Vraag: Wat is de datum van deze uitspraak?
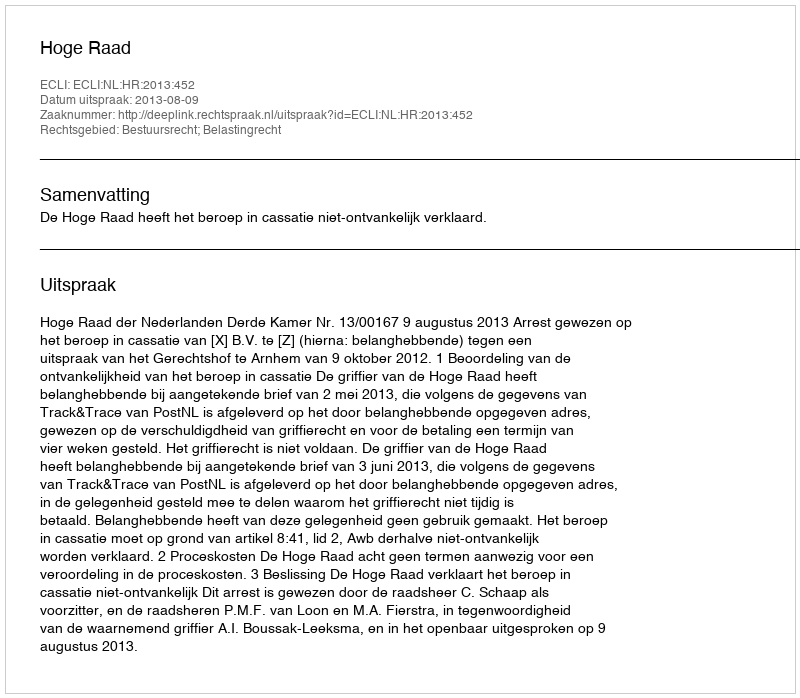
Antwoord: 2013-08-09